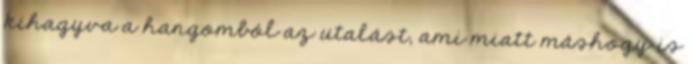
kihagyva a hangomból az utalást, ami miatt máshogy is